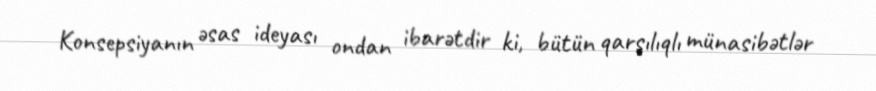
Konsepsiyanın əsas ideyası ondan ibarətdir ki, bütün qarşılıqlı münasibətlər